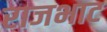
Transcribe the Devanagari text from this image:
राजभाट